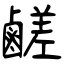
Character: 鹺